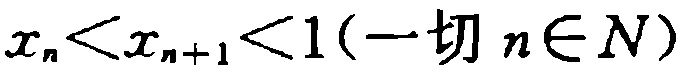
\(x_{n}<x_{n + 1}<1(\text{一切 }n\in N)\)